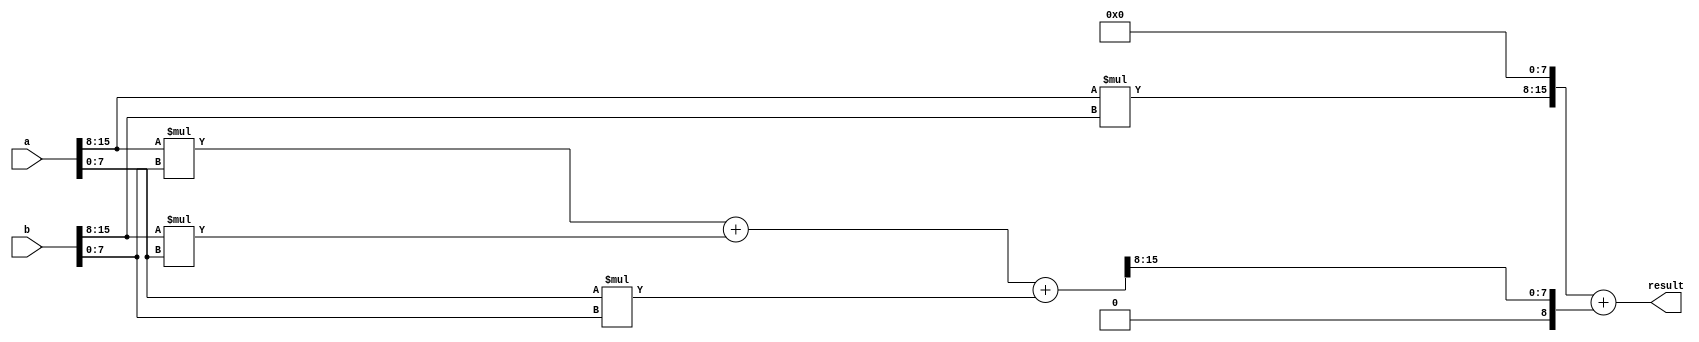
module fixed_point_multiplier (
    input signed [15:0] a, // Fixed-point input 1 (16-bit signed with 8 fractional bits)
    input signed [15:0] b, // Fixed-point input 2 (16-bit signed with 8 fractional bits)
    output reg signed [15:0] result // Fixed-point output (16-bit signed with 8 fractional bits)
);

// Separate integer and fractional parts of input numbers
reg signed [7:0] int_a;
reg signed [7:0] frac_a;
reg signed [7:0] int_b;
reg signed [7:0] frac_b;

assign int_a = a[15:8];
assign frac_a = a[7:0];
assign int_b = b[15:8];
assign frac_b = b[7:0];

// Multiply integer parts
reg signed [15:0] int_product;
always @* begin
    int_product = int_a * int_b;
end

// Multiply fractional parts
reg signed [15:0] frac_product;
always @* begin
    frac_product = (int_a * frac_b) + (int_b * frac_a) + (frac_a * frac_b);
end

// Shift and add results together
always @* begin
    result = (int_product << 8) + (frac_product >> 8);
end

endmodule